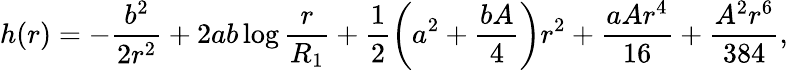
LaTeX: h(r)=-\frac{b^{2}}{2r^{2}}+2ab\log\frac{r}{R_{1}}+\frac{1}{2}\left(a^{2}+\frac{bA}{4}\right)r^{2}+\frac{aAr^{4}}{16}+\frac{A^{2}r^{6}}{384},